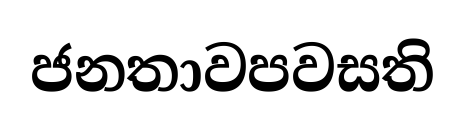
ජනතාවපවසති